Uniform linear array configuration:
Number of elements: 4
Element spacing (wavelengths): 1
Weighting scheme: hann
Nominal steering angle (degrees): -15
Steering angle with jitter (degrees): -14.699
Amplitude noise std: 0.05
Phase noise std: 0.05

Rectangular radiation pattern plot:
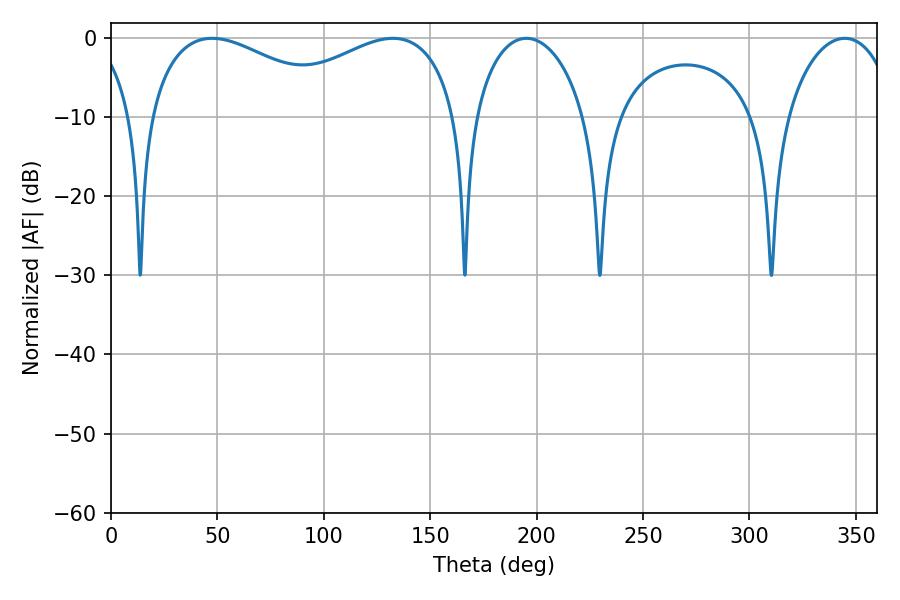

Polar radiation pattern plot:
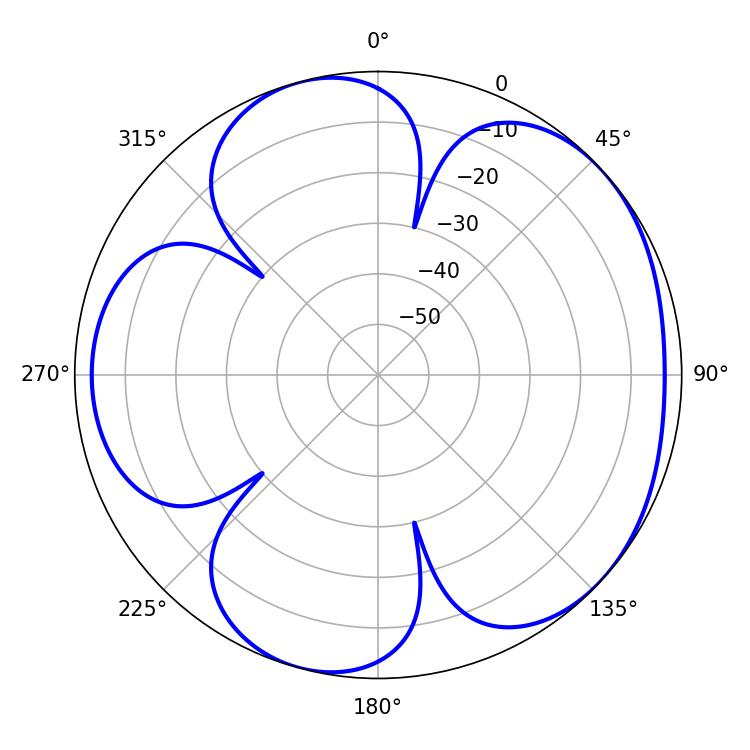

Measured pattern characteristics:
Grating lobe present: TRUE
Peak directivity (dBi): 4.785
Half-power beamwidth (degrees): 51.48
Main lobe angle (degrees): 47.52